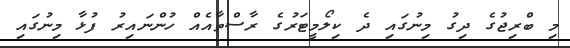
މި ބްރިޖުގެ ދިގު މިނުގައި ދެ ކިލޯމީޓަރުގެ ރާސްތާއެއް ހުންނައިރު ފުޅާ މިނުގައި